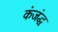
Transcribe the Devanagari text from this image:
कंजंद्ध